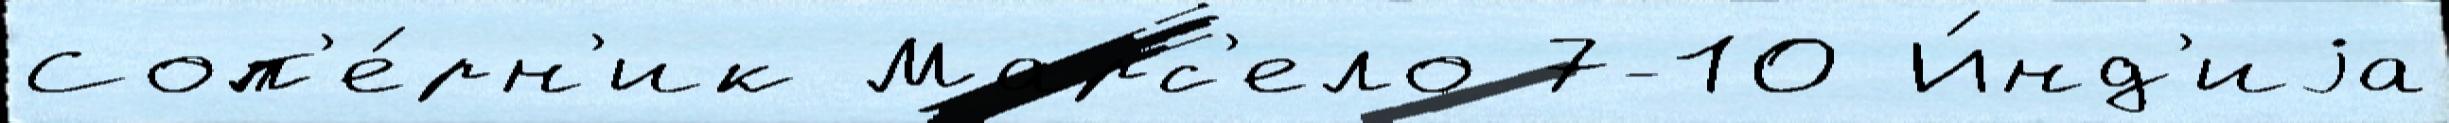
Соп'е́рн'ик Марс'ело 7-10 И́нд'иjа